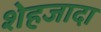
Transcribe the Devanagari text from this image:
शेहजादा